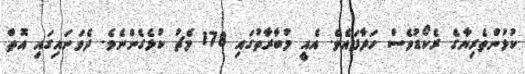
ކުޅުންތެރިޔާގެ ރެކޯޑުވެސް ހަދާފައެވެ. އެއީ މުބާރާތުގައި 178 މެޗު ކުޅެގެންނެވެ. ދެވަނައިގައި އޮތް